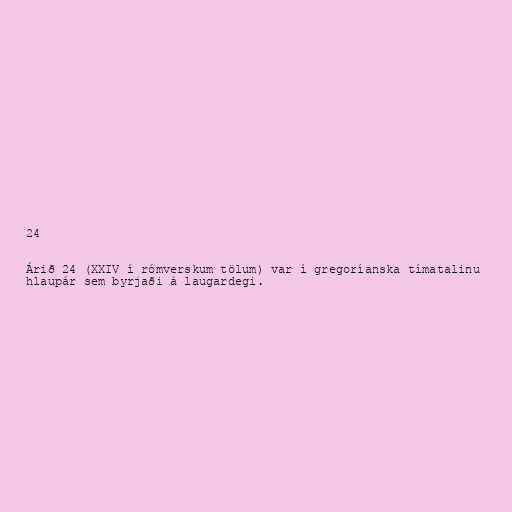
24

Árið 24 (XXIV í rómverskum tölum) var í gregoríanska tímatalinu
hlaupár sem byrjaði á laugardegi.